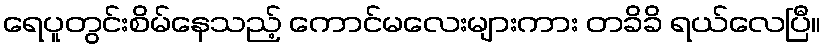
ရေပူတွင်းစိမ်နေသည့် ကောင်မလေးများကား တခိခိ ရယ်လေပြီ။